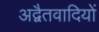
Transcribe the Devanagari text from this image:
अद्वैतवादियों